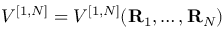
V ^ { [ { 1 } , { N } ] } = V ^ { [ { 1 } , { N } ] } ( { \bf R } _ { 1 } , \ldots , { \bf R } _ { N } )